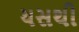
યસથી